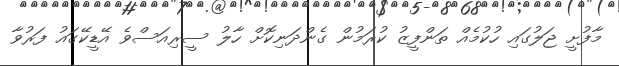
މާފުށީ ޖަލުގައި ހުކުމެއް ތަންފީޒު ކުރަމުން ގެންދަނިކޮށް ހާލު ސީރިއަސްވެ އޭޑީކޭގައު ފަރުވާ